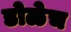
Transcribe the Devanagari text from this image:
डोळेच